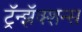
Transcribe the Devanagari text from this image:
ट्रॅन्झॅक्शन्स